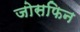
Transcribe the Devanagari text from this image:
जोसफिन